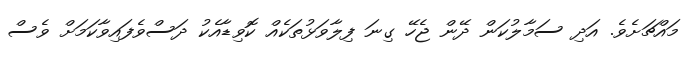
މައްޗަށެވެ. އަދި ސަމާލުކަން ދޭން ޖެހޭ ގިނަ ފިލާވަޅުތަކެއް ކޮވިޑާއެކު ދަސްވެފައިވާކަމަށް ވެސް